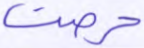
حرصت